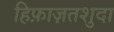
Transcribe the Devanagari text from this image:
हिफ़ाज़तशुदा